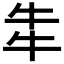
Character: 𤘧